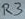
Text: R3